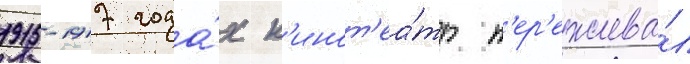
1915-1917 года́х к'инот'еа́тр п'ер'ежива́л